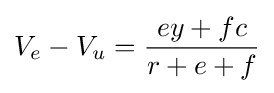
V_{e}-V_{u}={\frac {ey+fc}{r+e+f}}